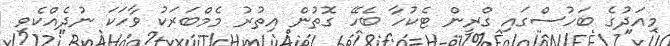
މިއަދުގެ ބަހުސްގައި ގްރީން ޓެކުހާ ބެހޭ ގޮތުން އިތުރު މެމްބަރަކު ވާހަކަ ނުދެއްކެވި